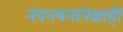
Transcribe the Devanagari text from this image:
नंदनवनापेक्षाही